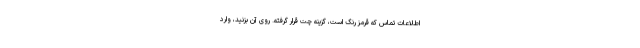
اطلاعات تماس که قرمز رنگ است، گزینه چت قرار گرفته. روی آن بزنید، وارد